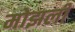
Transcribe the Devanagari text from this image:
मोझली